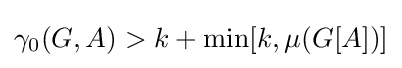
\gamma _{0}(G,A)>k+\min[k,\mu (G[A])]